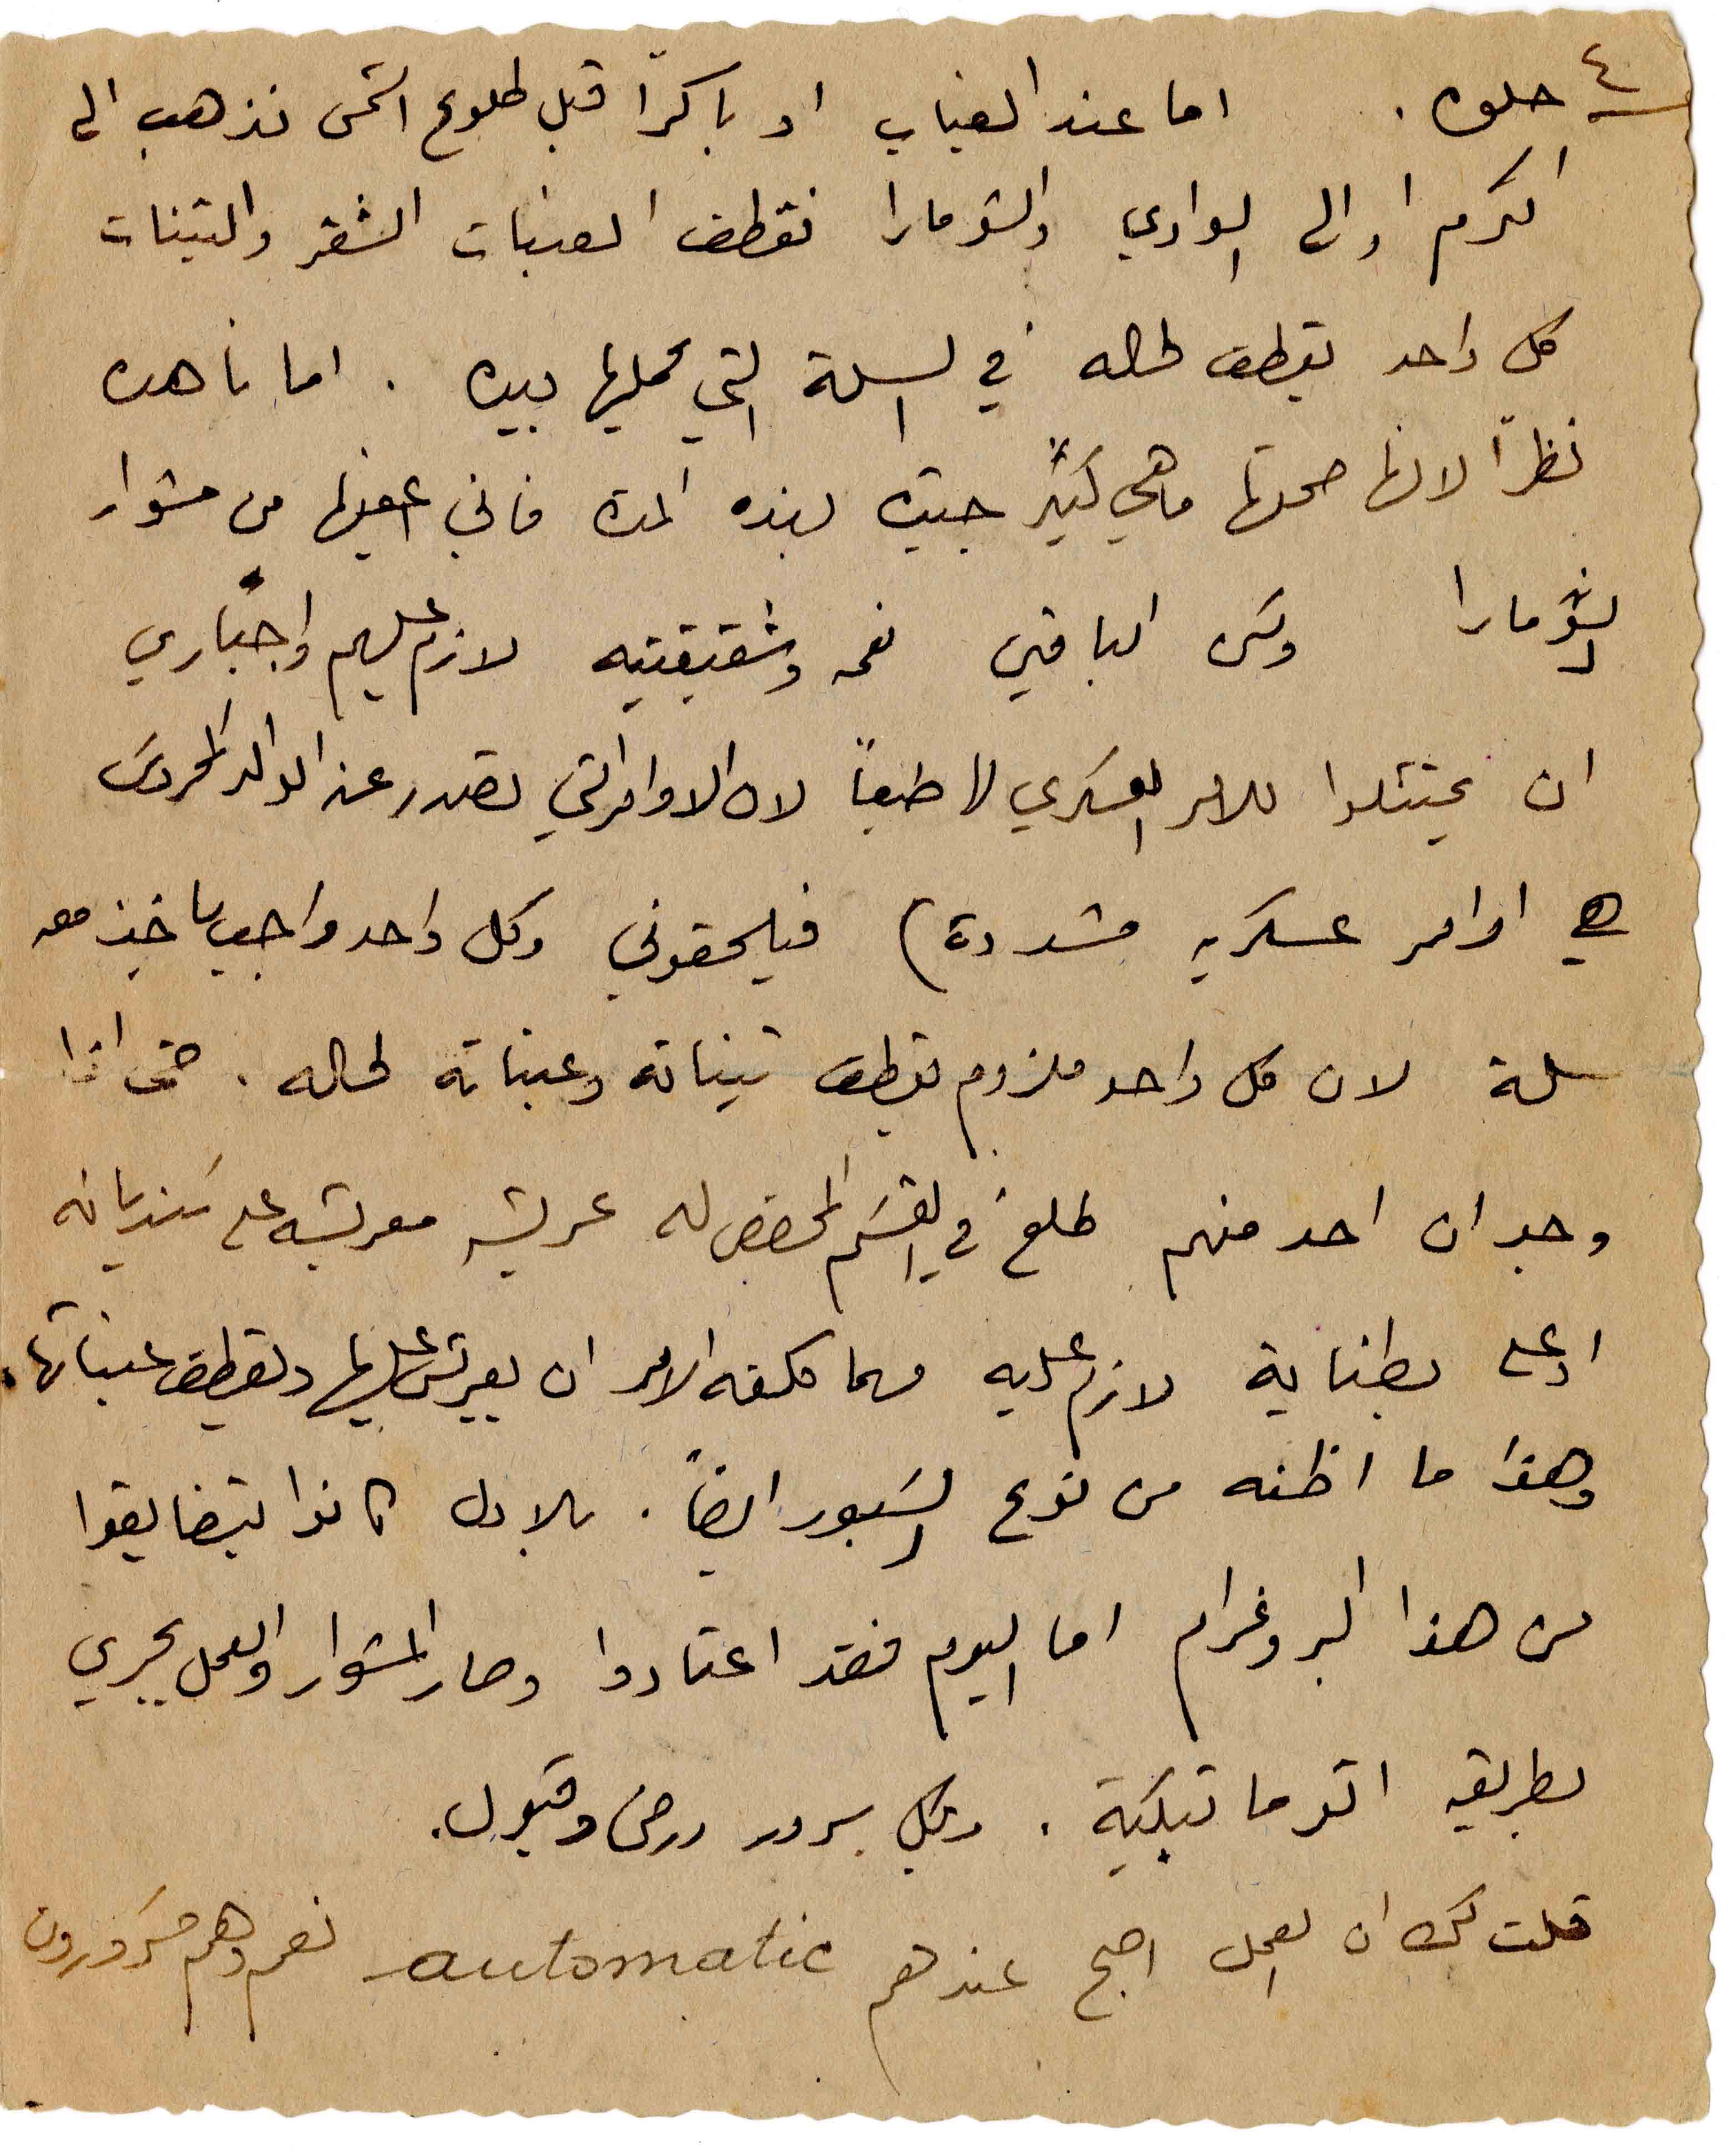
٤
حلوه. اما عند الغياب او باكراً قبل طلوع الشمس نذهب الى
الكرم او الى الوادي والشومارا نقطف العنبات الشقر والتينات
كل واحد يقطف لحاله في السلة التي يحملها بيده. اما ناهده
نظراً لانها صحتها ما هي كتير جيدة بهذه المدة فاني اعفيها من مشوار
الشومارا ولكن الباقين نعمه وشقيقتيه لازم عليهم واجباري
ان يمتثلوا للامر العسكري لها طبعاً لان الاوامر التي تصدر عن الوالد المحروس
هي اوامر عسكرية مشددة) فيلحقوني وكل واحد واجب ياخد معه
سلة لان كل واحد ملزوم يقطف تيناته وعنباته لحاله. حتى اذا
وجد ان احد منهم طلع في القسم المخصص له عريشة معربشة على سنديانه
او على بطناية لازم عليه مهما كلفه الامر ان يعربش عليها ويقطف عنباتها
وهذا ما اظنه من نوع السَبور ايضاً. بالاول كانو يتضايقوا
من هذا البروغرام اما اليوم فقد اعتادو وصار المشوار والعمل يجري
بطريقة اوتوماتيكية . وبكل سرور ورضى وقبول
قلت لك ان العمل اصبح عندهم automatic نعم وهم مَسرورون